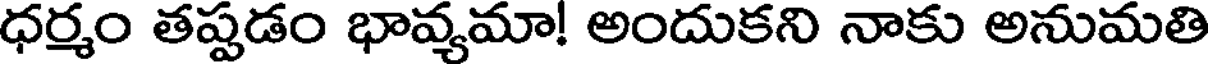
ధర్మం తప్పడం భావ్యమా! అందుకని నాకు అనుమతి